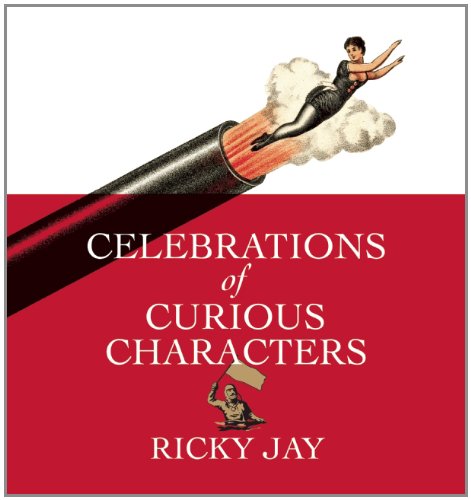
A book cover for Celebrations of Curious Characters; Ricky Jay; Humor & Entertainment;